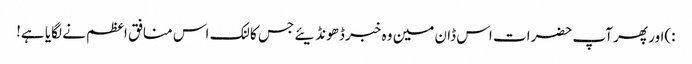
:)اور پھر آپ حضرات اس ڈان مین وہ خبر ڈھونڈیئے جس کا لنک اس منافق اعظم نے لگایا ہے!